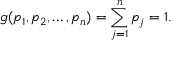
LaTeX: g ( p _ { 1 } , p _ { 2 } , \ldots , p _ { n } ) = \sum _ { j = 1 } ^ { n } p _ { j } = 1 .